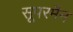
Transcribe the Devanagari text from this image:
सूपरमैन